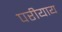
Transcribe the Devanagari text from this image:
परीयाय